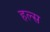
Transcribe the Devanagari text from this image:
हल्स